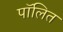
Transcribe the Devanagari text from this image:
पॉलित